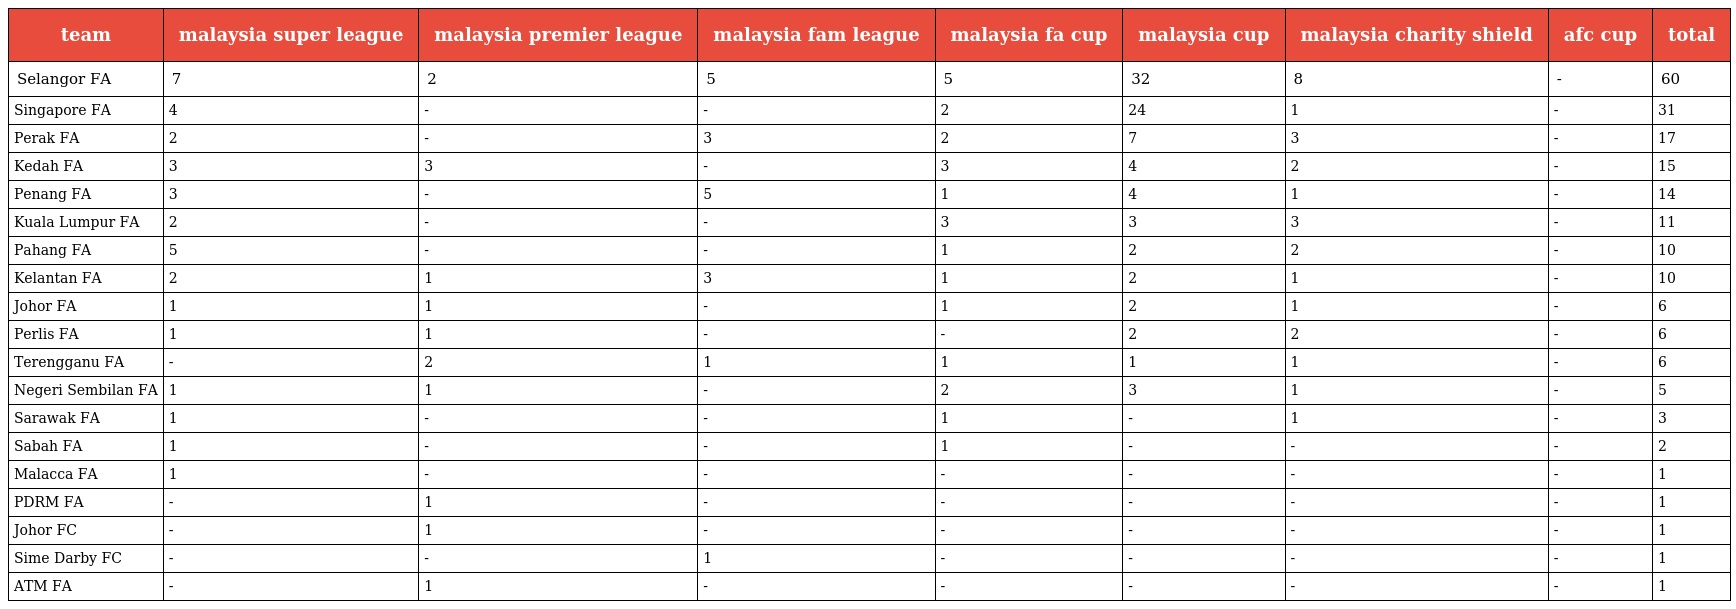
| team | malaysia super league | malaysia premier league | malaysia fam league | malaysia fa cup | malaysia cup | malaysia charity shield | afc cup | total |
 | --- | --- | --- | --- | --- | --- | --- | --- | --- |
 | Selangor FA | 7 | 2 | 5 | 5 | 32 | 8 | - | 60 |
 | Singapore FA | 4 | - | - | 2 | 24 | 1 | - | 31 |
 | Perak FA | 2 | - | 3 | 2 | 7 | 3 | - | 17 |
 | Kedah FA | 3 | 3 | - | 3 | 4 | 2 | - | 15 |
 | Penang FA | 3 | - | 5 | 1 | 4 | 1 | - | 14 |
 | Kuala Lumpur FA | 2 | - | - | 3 | 3 | 3 | - | 11 |
 | Pahang FA | 5 | - | - | 1 | 2 | 2 | - | 10 |
 | Kelantan FA | 2 | 1 | 3 | 1 | 2 | 1 | - | 10 |
 | Johor FA | 1 | 1 | - | 1 | 2 | 1 | - | 6 |
 | Perlis FA | 1 | 1 | - | - | 2 | 2 | - | 6 |
 | Terengganu FA | - | 2 | 1 | 1 | 1 | 1 | - | 6 |
 | Negeri Sembilan FA | 1 | 1 | - | 2 | 3 | 1 | - | 5 |
 | Sarawak FA | 1 | - | - | 1 | - | 1 | - | 3 |
 | Sabah FA | 1 | - | - | 1 | - | - | - | 2 |
 | Malacca FA | 1 | - | - | - | - | - | - | 1 |
 | PDRM FA | - | 1 | - | - | - | - | - | 1 |
 | Johor FC | - | 1 | - | - | - | - | - | 1 |
 | Sime Darby FC | - | - | 1 | - | - | - | - | 1 |
 | ATM FA | - | 1 | - | - | - | - | - | 1 |